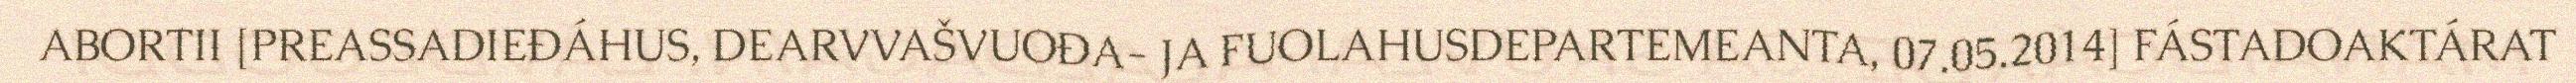
ABORTII [PREASSADIEĐÁHUS, DEARVVAŠVUOĐA- JA FUOLAHUSDEPARTEMEANTA, 07.05.2014] FÁSTADOAKTÁRAT